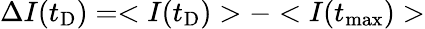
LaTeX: \Delta I(t_{\mathrm{D}})=<I(t_{\mathrm{D}})>-<I(t_{\mathrm{max}})>